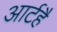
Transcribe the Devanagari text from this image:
आर्टहै